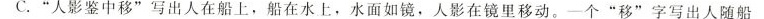
C.”人影鉴中移”写出人在船上，船在水上，水面如镜，人影在镜里移动。一个”移”字写出人随船